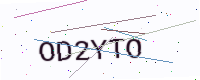
Text: OD2YTO